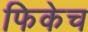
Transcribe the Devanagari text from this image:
फिकेच